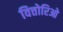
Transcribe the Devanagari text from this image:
वित्तोरिओ